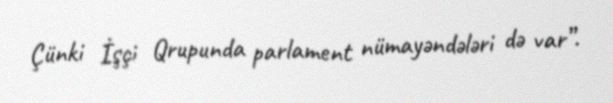
Çünki İşçi Qrupunda parlament nümayəndələri də var”.